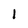
Character: 1